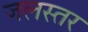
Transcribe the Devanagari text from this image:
जलस्‍तर